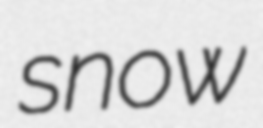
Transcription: snow